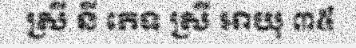
ស្រី នី ភេទ ស្រី អាយុ ៣៥